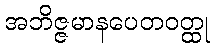
အဘိဇ္ဇမာနပေတဝတ္ထု